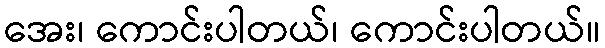
အေး၊ ကောင်းပါတယ်၊ ကောင်းပါတယ်။